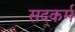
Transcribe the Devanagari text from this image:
सद्कर्म